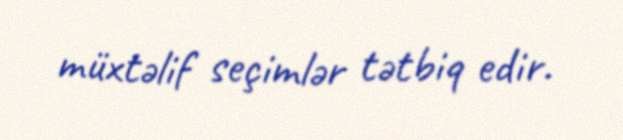
müxtəlif seçimlər tətbiq edir.